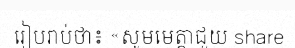
រៀបរាប់ថា៖ «សូមមេត្តាជួយ share